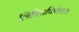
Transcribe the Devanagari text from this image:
लिक्विफिकेशन